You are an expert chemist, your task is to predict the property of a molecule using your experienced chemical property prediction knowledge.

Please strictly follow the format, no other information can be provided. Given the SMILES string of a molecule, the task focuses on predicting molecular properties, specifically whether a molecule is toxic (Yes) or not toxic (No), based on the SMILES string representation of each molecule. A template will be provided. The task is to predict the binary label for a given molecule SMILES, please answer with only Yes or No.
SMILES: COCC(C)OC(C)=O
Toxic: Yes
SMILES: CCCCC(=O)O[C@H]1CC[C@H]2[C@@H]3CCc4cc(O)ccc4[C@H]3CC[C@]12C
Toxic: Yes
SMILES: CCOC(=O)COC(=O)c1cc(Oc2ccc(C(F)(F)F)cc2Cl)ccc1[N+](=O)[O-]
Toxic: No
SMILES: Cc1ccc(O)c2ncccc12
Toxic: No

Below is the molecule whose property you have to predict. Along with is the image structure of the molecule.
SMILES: NS(=O)(=O)c1ccc(NC(=O)CCC(=O)O)cc1
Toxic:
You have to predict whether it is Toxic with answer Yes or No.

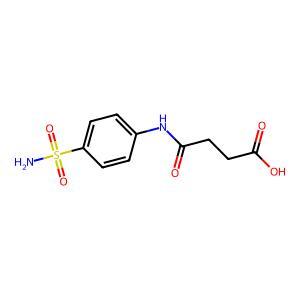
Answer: No